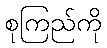
စုကြည်ကို